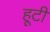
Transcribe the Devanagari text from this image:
हूटी